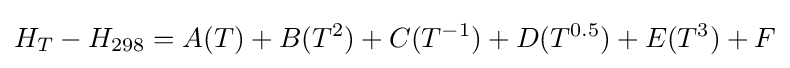
H_{T}-H_{298}=A(T)+B(T^{2})+C(T^{-1})+D(T^{0.5})+E(T^{3})+F